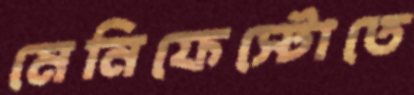
মেনিফেস্টোতে